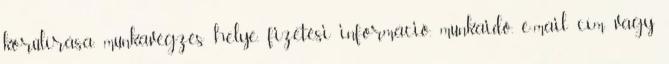
körülírása, munkavégzés helye, fizetési információ, munkaidő, e-mail cím vagy